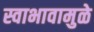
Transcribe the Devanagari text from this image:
स्वाभावामुळे